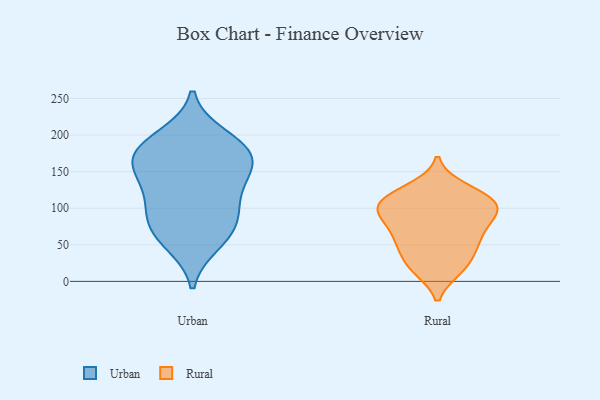
{"axis": {"x": "Humidity (%)", "y": "Value"}, "legend": ["Rural", "Urban"], "data": [{"x": "", "y": 122, "type": "Urban"}, {"x": "", "y": 52, "type": "Urban"}, {"x": "", "y": 165, "type": "Urban"}, {"x": "", "y": 158, "type": "Urban"}, {"x": "", "y": 181, "type": "Urban"}, {"x": "", "y": 76, "type": "Urban"}, {"x": "", "y": 151, "type": "Urban"}, {"x": "", "y": 127, "type": "Urban"}, {"x": "", "y": 186, "type": "Urban"}, {"x": "", "y": 198, "type": "Urban"}, {"x": "", "y": 89, "type": "Urban"}, {"x": "", "y": 94, "type": "Urban"}, {"x": "", "y": 61, "type": "Urban"}, {"x": "", "y": 173, "type": "Urban"}, {"x": "", "y": 102, "type": "Rural"}, {"x": "", "y": 107, "type": "Rural"}, {"x": "", "y": 127, "type": "Rural"}, {"x": "", "y": 45, "type": "Rural"}, {"x": "", "y": 86, "type": "Rural"}, {"x": "", "y": 118, "type": "Rural"}, {"x": "", "y": 120, "type": "Rural"}, {"x": "", "y": 19, "type": "Rural"}, {"x": "", "y": 71, "type": "Rural"}, {"x": "", "y": 47, "type": "Rural"}, {"x": "", "y": 60, "type": "Rural"}, {"x": "", "y": 86, "type": "Rural"}, {"x": "", "y": 57, "type": "Rural"}, {"x": "", "y": 17, "type": "Rural"}, {"x": "", "y": 102, "type": "Rural"}, {"x": "", "y": 104, "type": "Rural"}, {"x": "", "y": 95, "type": "Rural"}, {"x": "", "y": 20, "type": "Rural"}]}